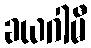
ခယဂါမီ